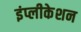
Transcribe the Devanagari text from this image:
इंप्लीकेशन